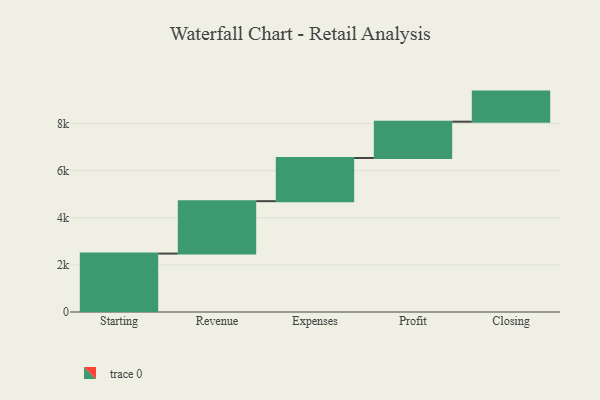
{"axis": {"x": "Step", "y": "Value"}, "legend": [""], "data": [{"x": "Starting", "y": 2481.0, "type": ""}, {"x": "Revenue", "y": 2225.0, "type": ""}, {"x": "Expenses", "y": 1833.0, "type": ""}, {"x": "Profit", "y": 1542.0, "type": ""}, {"x": "Closing", "y": 1277.0, "type": ""}]}